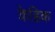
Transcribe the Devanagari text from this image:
केहिक